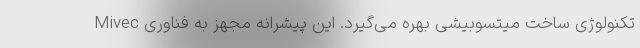
تکنولوژی ساخت میتسوبیشی بهره می‌گیرد. این پیشرانه مجهز به فناوری Mivec